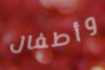
وأطفال